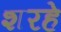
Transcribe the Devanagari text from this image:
शरहे